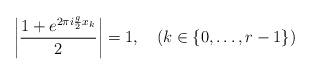
LaTeX: \begin{align*}\left|\frac{1+e^{2\pi i \frac g2 x_k}}{2}\right|=1,\quad(k\in\{0,\dots,r-1\})\end{align*}